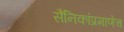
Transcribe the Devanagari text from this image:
सैनिकांप्रमाणेच